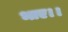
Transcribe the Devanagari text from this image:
भाए।।